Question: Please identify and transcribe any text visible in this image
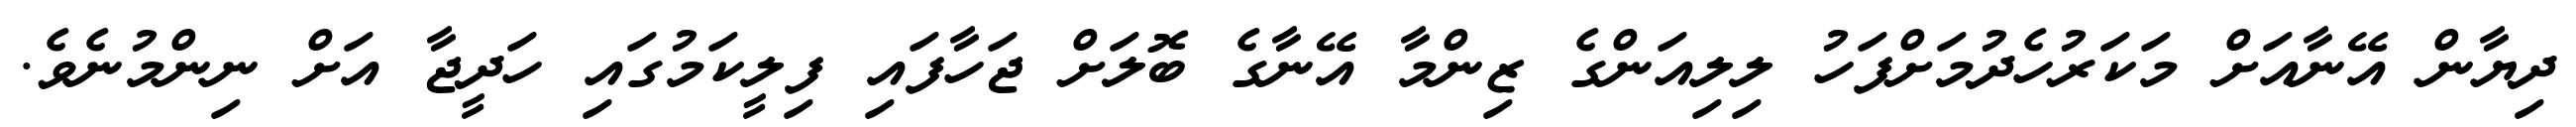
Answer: ދިޔާން އޭނާއަށް މަކަރުހެދުމަށްފަހު ލިލިއަންގެ ޒިންމާ އޭނާގެ ބޮލަށް ޖަހާފައި ފިލީކަމުގައި ހަދީޖާ އަށް ނިންމުނެވެ.